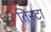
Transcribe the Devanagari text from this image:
तिस्टा